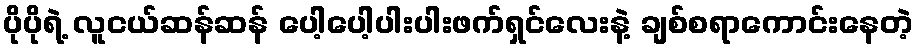
ပိုပိုရဲ့ လူငယ်ဆန်ဆန် ပေါ့ပေါ့ပါးပါးဖက်ရှင်လေးနဲ့ ချစ်စရာကောင်းနေတဲ့